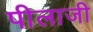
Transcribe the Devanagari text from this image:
पीलाजी